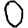
Digit: 0